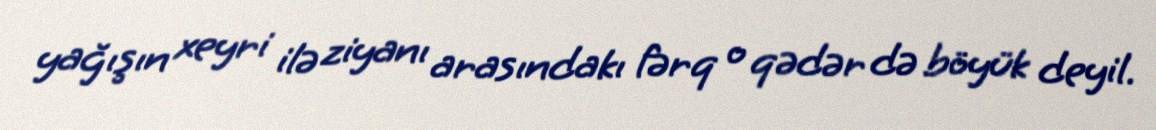
yağışın xeyri ilə ziyanı arasındakı fərq o qədər də böyük deyil.